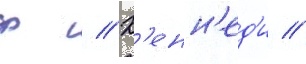
ф // К'енн'ед'и //